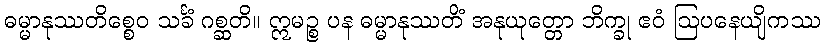
ဓမ္မာနုဿတိစ္စေဝ သင်္ခံ ဂစ္ဆတိ။ ဣမဉ္စ ပန ဓမ္မာနုဿတိံ အနုယုတ္တော ဘိက္ခု ဧဝံ ဩပနေယျိကဿ